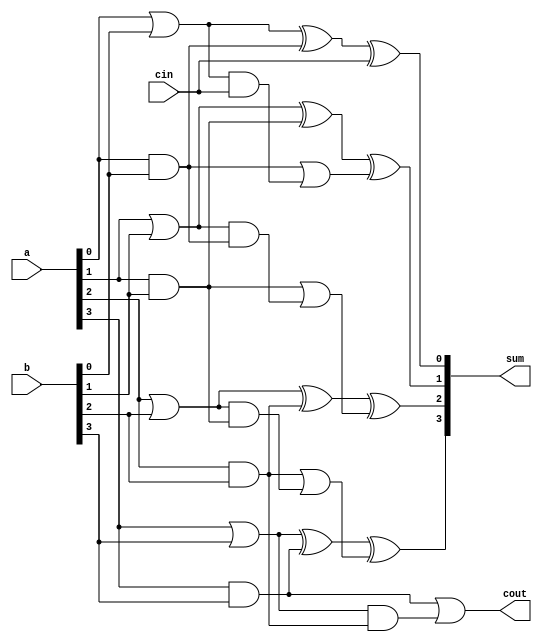
`timescale 1ns / 1ps
//////////////////////////////////////////////////////////////////////////////////
// Company: 
// Engineer: 
// 
// Design Name: 
// Module Name:    clab 
// Project Name: 
// Target Devices: 
// Tool versions: 
// Description: 
//
// Dependencies: 
//
// Revision: 
// Revision 0.01 - File Created
// Additional Comments: 
//
//////////////////////////////////////////////////////////////////////////////////
module clab(
    input [3:0] a,
    input [3:0] b,
    input cin,
    output reg [3:0] sum,
    output reg cout
    );
	 reg p0,p1,p2,p3,g0,g1,g2,g3;
	 reg c1,c2,c3;
	 always @ (a,b,cin)
	 begin
	  p0=a[0]|b[0];
	  p1=a[1]|b[1];
	  p2=a[2]|b[2];
	  p3=a[3]|b[3];
	  g0=a[0]&b[0];
	  g1=a[1]&b[1];
	  g2=a[2]&b[2];
	  g3=a[3]&b[3];
	  c1=g0|(p0&cin);
	  c2=g1|(p1&g0);
	  c3=g2|(p2&g1);
	  cout=g3|(p3&g2);
	  sum[0]=(p0^g0)^cin;
	  sum[1]=(p1^g1)^c1;
	  sum[2]=(p2^g2)^c2;
	  sum[3]=(p3^g3)^c3;
	  end





endmodule